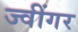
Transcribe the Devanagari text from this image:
ज्वींगर